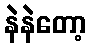
နဲနဲတော့